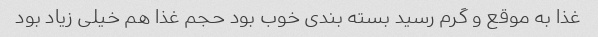
غذا به موقع و گرم رسید بسته بندی خوب بود حجم غذا هم خیلی زیاد بود